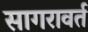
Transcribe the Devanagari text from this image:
सागरावर्त